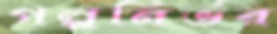
গল্পনির্ভর